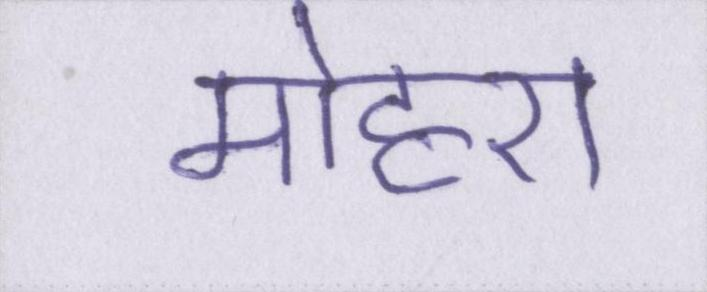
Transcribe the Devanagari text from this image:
मोहरा